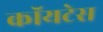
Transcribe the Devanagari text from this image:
कॉयटेस